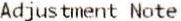
ADJUSTMENT NOTE